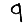
Digit: 9